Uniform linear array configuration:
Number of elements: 32
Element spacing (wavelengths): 0.25
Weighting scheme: kaiser
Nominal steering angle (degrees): -30
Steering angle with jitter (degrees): -31.006
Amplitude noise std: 0.05
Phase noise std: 0.05

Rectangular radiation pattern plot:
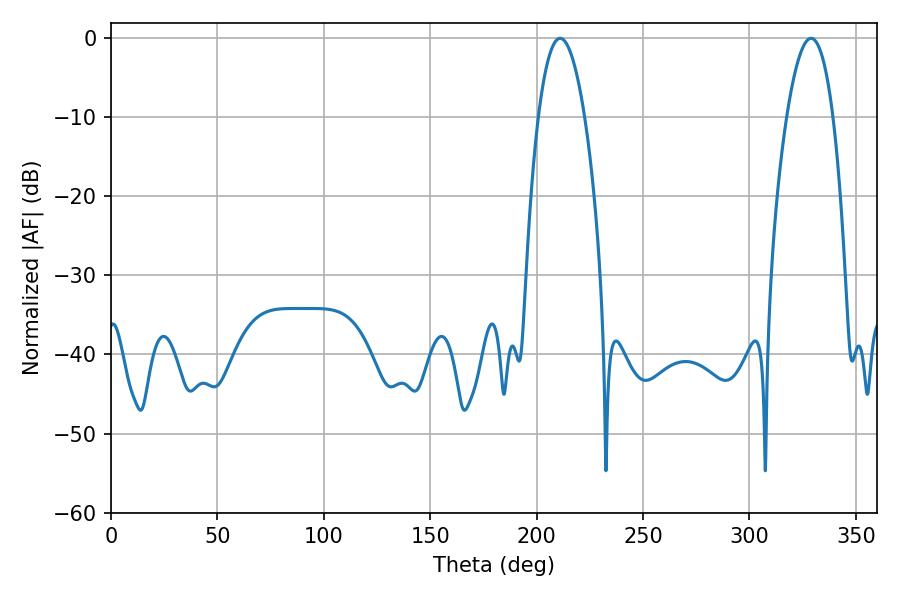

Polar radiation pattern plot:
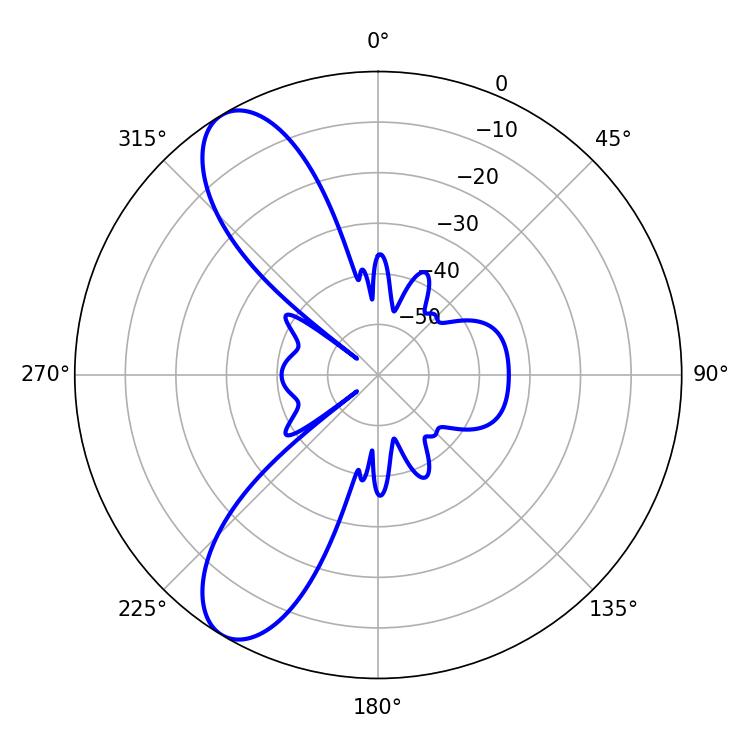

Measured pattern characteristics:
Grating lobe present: FALSE
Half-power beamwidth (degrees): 12.06
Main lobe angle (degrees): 210.96